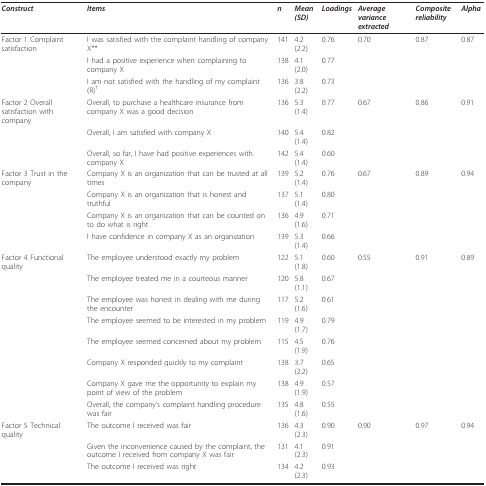
<table><thead><tr><td><b><i>Construct </i></b></td><td><b><i>Items</i></b></td><td><b><i>n</i></b></td><td><b><i>Mean (SD)</i></b></td><td><b><i>Loadings</i></b></td><td><b><i>Average variance extracted</i></b></td><td><b><i>Composite reliability</i></b></td><td><b><i>Alpha </i></b></td></tr></thead><tbody><tr><td>Factor 1 Complaint satisfaction</td><td>I was satisfied with the complaint handling of company X**</td><td>141</td><td>4.2 (2.2)</td><td>0.76</td><td>0.70</td><td>0.87</td><td>0.87</td></tr><tr><td></td><td>I had a positive experience when complaining to company X</td><td>138</td><td>4.1 (2.0)</td><td>0.77</td><td></td><td></td><td></td></tr><tr><td></td><td>I am not satisfied with the handling of my complaint (R)<sup>†</sup></td><td>136</td><td>3.8 (2.2)</td><td>0.73</td><td></td><td></td><td></td></tr><tr><td>Factor 2 Overall satisfaction with company</td><td>Overall, to purchase a healthcare insurance from company X was a good decision</td><td>136</td><td>5.3 (1.4)</td><td>0.77</td><td>0.67</td><td>0.86</td><td>0.91</td></tr><tr><td></td><td>Overall, I am satisfied with company X</td><td>140</td><td>5.4 (1.4)</td><td>0.82</td><td></td><td></td><td></td></tr><tr><td></td><td>Overall, so far, I have had positive experiences with company X</td><td>142</td><td>5.4 (1.4)</td><td>0.60</td><td></td><td></td><td></td></tr><tr><td>Factor 3 Trust in the company</td><td>Company X is an organization that can be trusted at all times</td><td>139</td><td>5.2 (1.4)</td><td>0.76</td><td>0.67</td><td>0.89</td><td>0.94</td></tr><tr><td></td><td>Company X is an organization that is honest and truthful</td><td>137</td><td>5.1 (1.4)</td><td>0.80</td><td></td><td></td><td></td></tr><tr><td></td><td>Company X is an organization that can be counted on to do what is right</td><td>136</td><td>4.9 (1.6)</td><td>0.71</td><td></td><td></td><td></td></tr><tr><td></td><td>I have confidence in company X as an organization</td><td>139</td><td>5.3 (1.4)</td><td>0.66</td><td></td><td></td><td></td></tr><tr><td>Factor 4 Functional quality</td><td>The employee understood exactly my problem</td><td>122</td><td>5.1 (1.8)</td><td>0.60</td><td>0.55</td><td>0.91</td><td>0.89</td></tr><tr><td></td><td>The employee treated me in a courteous manner</td><td>120</td><td>5.8 (1.1)</td><td>0.67</td><td></td><td></td><td></td></tr><tr><td></td><td>The employee was honest in dealing with me during the encounter</td><td>117</td><td>5.2 (1.6)</td><td>0.61</td><td></td><td></td><td></td></tr><tr><td></td><td>The employee seemed to be interested in my problem</td><td>119</td><td>4.9 (1.7)</td><td>0.79</td><td></td><td></td><td></td></tr><tr><td></td><td>The employee seemed concerned about my problem</td><td>115</td><td>4.5 (1.9)</td><td>0.76</td><td></td><td></td><td></td></tr><tr><td></td><td>Company X responded quickly to my complaint</td><td>138</td><td>3.7 (2.2)</td><td>0.65</td><td></td><td></td><td></td></tr><tr><td></td><td>Company X gave me the opportunity to explain my point of view of the problem</td><td>138</td><td>4.9 (1.9)</td><td>0.57</td><td></td><td></td><td></td></tr><tr><td></td><td>Overall, the company&#x27;s complaint handling procedure was fair</td><td>135</td><td>4.8 (1.6)</td><td>0.55</td><td></td><td></td><td></td></tr><tr><td>Factor 5 Technical quality</td><td>The outcome I received was fair</td><td>136</td><td>4.3 (2.3)</td><td>0.90</td><td>0.90</td><td>0.97</td><td>0.94</td></tr><tr><td></td><td>Given the inconvenience caused by the complaint, the outcome I received from company X was fair</td><td>131</td><td>4.1 (2.3)</td><td>0.91</td><td></td><td></td><td></td></tr><tr><td></td><td>The outcome I received was right</td><td>134</td><td>4.2 (2.3)</td><td>0.93</td><td></td><td></td><td></td></tr></tbody></table>